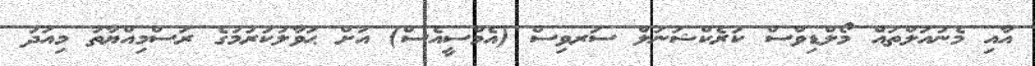
އާއި މެނުއަލްތައް މޯލްޑިވްސް ކަރެކްޝަނަލް ސަރވިސް (އެމްސީއެސް) އަށް ޙަވާލުކުރުމުގެ ރަސްމިއްޔާތު މިއަދު